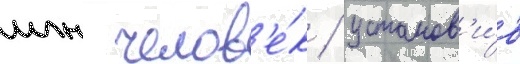
млн челов'е́к / установ'и́в